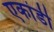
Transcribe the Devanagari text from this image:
एकांडी